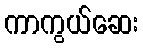
ကာကွယ်ဆေး